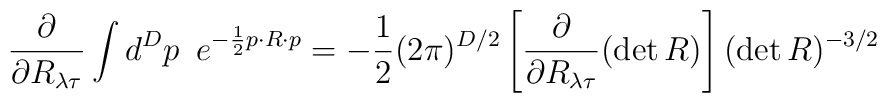
\frac{\partial}{\partial R_{{\lambda}{\tau}}}    \int d^Dp\,\,\,        e^{-\frac{1}{2}p\cdot R \cdot p}    =    -\frac{1}{2}(2\pi)^{D/2}        \left[\frac{\partial}{\partial R_{{\lambda}{\tau}}}(\det R)\right]        (\det R)^{-3/2}